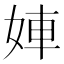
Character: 𡝀